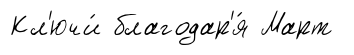
Кл'ючи́ благодар'я́ Март